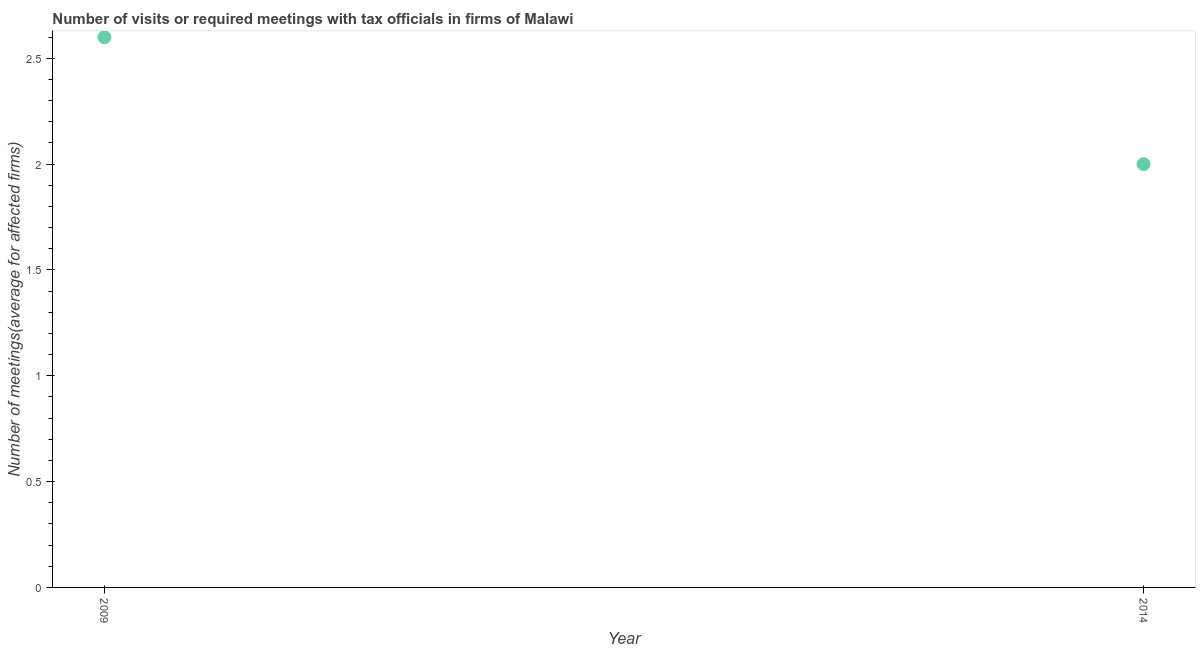
| Year | Meetings with tax officials |
 | --- | --- |
 | 2009 | 2.6 |
 | 2014 | 2 |